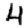
Digit: 4